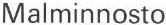
Malminnosto